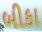
બીકા